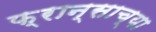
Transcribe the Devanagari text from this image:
फ्रान्साच्या